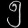
Digit: ၅